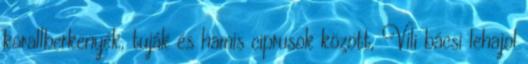
korallberkenyék, tuják és hamis ciprusok között, Vili bácsi lehajol